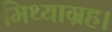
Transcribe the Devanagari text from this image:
मिथ्याग्रह।